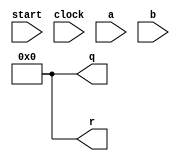
module Division(
  input start, clock,
  input [31:0] a,
  input [31:0] b,
  output [31:0] q,
  output [31:0] r
);
  reg [31:0] currentR = 0;
  reg [31:0] helpR = 0;
  reg [31:0] currentQ = 0;
  reg [6:0] count = 7'b0100000;
  
  always@(posedge start)
  begin
	currentR <= 0;
    helpR <= 0;
    count <= 7'b0100000;
	currentQ <= 0;
  end

  always @(posedge clock)
    begin
    
      if(count > 0)
        begin
            helpR = (2*currentR) + a[count-1];
           
            if(helpR < b)
            begin
                currentQ[count-1] <= 1'b0;
                currentR <= helpR;
            end
              else
                begin
                    currentQ[count-1] <= 1'b1;
                      currentR <= helpR - b;
                end
    
              count <= count-1;
        end
       end

  assign q = currentQ;
  assign r = currentR;
endmodule